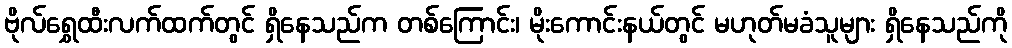
ဗိုလ်ရွှေထီးလက်ထက်တွင် ရှိနေသည်က တစ်ကြောင်း၊ မိုးကောင်းနယ်တွင် မဟုတ်မခံသူများ ရှိနေသည်ကို